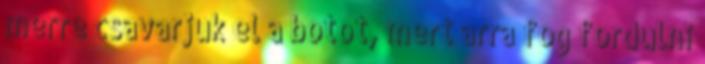
merre csavarjuk el a botot, mert arra fog fordulni